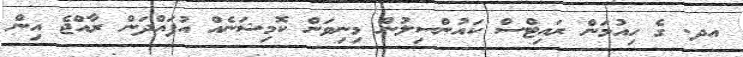
އދ. ގެ ހިއުމަން ރައިޓްސް ކައުންސިލުން މިނިވަން ކޮމިޝަނެއް އުފައްދަން ރާއްޖެ އިން